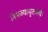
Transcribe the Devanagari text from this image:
निमज्यामृतमये।